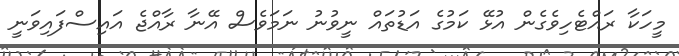
މީހަކާ ރައްޓެހިވެގެން އުޅޭ ކަމުގެ އަޑުތައް ނީވުނު ނަމަވެސް އޭނާ ރާއްޖެ އައިސްފައިވަނީ